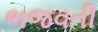
ભજવતી